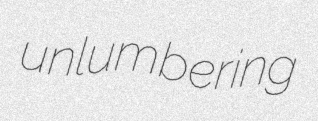
unlumbering